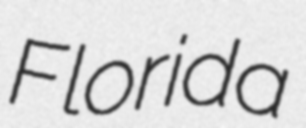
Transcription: Florida